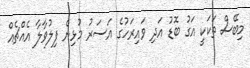
މިބޭސް ތަކަކީ އަގު ބޮޑު އަދި ވައިރަހުގެ އަސަރު މުޅިން ފިލުވާލާ އެއްޗެއް